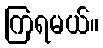
ကြရမယ်။